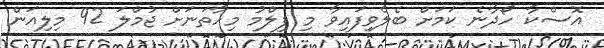
އޮސްކާ ހޯދާނެ ކަމަށް ބެލެވިފައިވާ މި ފިލްމު މިހާތަނަށް ޖުމްލަ 92 މިލިއަން